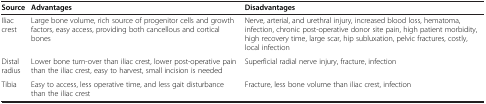
| Source | Advantages | Disadvantages |
 | --- | --- | --- |
 | Iliac crest | Large bone volume, rich source of progenitor cells and growth factors, easy access, providing both cancellous and cortical bones | Nerve, arterial, and urethral injury, increased blood loss, hematoma, infection, chronic post-operative donor site pain, high patient morbidity, high recovery time, large scar, hip subluxation, pelvic fractures, costly, local infection |
 | Distal radius | Lower bone turn-over than iliac crest, lower post-operative pain than the iliac crest, easy to harvest, small incision is needed | Superficial radial nerve injury, fracture, infection |
 | Tibia | Easy to access, less operative time, and less gait disturbance than the iliac crest | Fracture, less bone volume than iliac crest, infection |